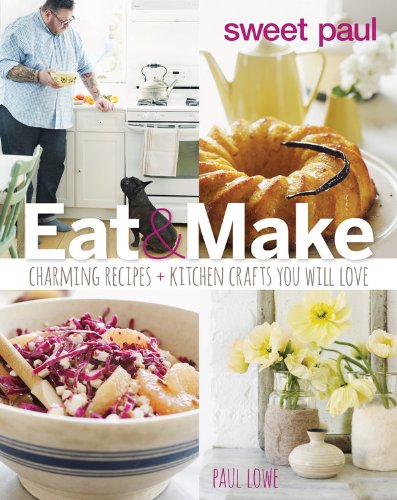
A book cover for Sweet Paul Eat and Make: Charming Recipes and Kitchen Crafts You Will Love; Paul Lowe; Crafts, Hobbies & Home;